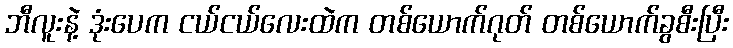
ဘီလူးနဲ့ ဒုံးပေက ငယ်ငယ်လေးထဲက တစ်ယောက်ဂုတ် တစ်ယောက်ခွစီးပြီး